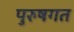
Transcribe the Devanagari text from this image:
पुरुषगत